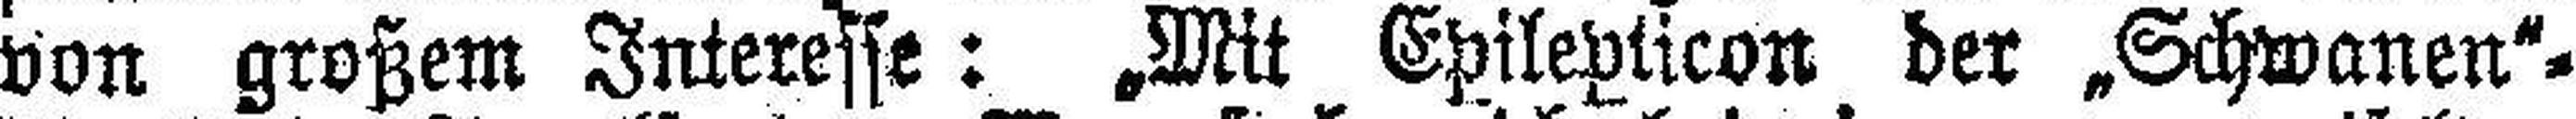
von großem Interesse: „Mit Epilepticon der „Schwanen“=